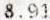
8.91